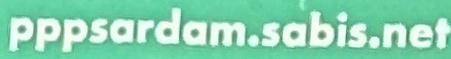
pppsardam.sabis.net